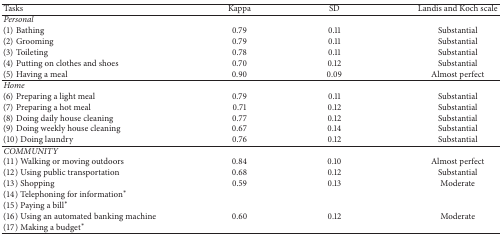
| Tasks | Kappa | SD | Landis and Koch scale |
 | --- | --- | --- | --- |
 | Personal | <COLSPAN=3>  |
 | (1) Bathing | 0.79 | 0.11 | Substantial |
 | (2) Grooming | 0.79 | 0.11 | Substantial |
 | (3) Toileting | 0.78 | 0.11 | Substantial |
 | (4) Putting on clothes and shoes | 0.70 | 0.12 | Substantial |
 | (5) Having a meal | 0.90 | 0.09 | Almost perfect |
 | Home | <COLSPAN=3>  |
 | (6) Preparing a light meal | 0.79 | 0.11 | Substantial |
 | (7) Preparing a hot meal | 0.71 | 0.12 | Substantial |
 | (8) Doing daily house cleaning | 0.77 | 0.12 | Substantial |
 | (9) Doing weekly house cleaning | 0.67 | 0.14 | Substantial |
 | (10) Doing laundry | 0.76 | 0.12 | Substantial |
 | COMMUNITY | <COLSPAN=3>  |
 | (11) Walking or moving outdoors | 0.84 | 0.10 | Almost perfect |
 | (12) Using public transportation | 0.68 | 0.12 | Substantial |
 | (13) Shopping | 0.59 | 0.13 | Moderate |
 | (14) Telephoning for information∗ |  |  |  |
 | (15) Paying a bill∗ |  |  |  |
 | (16) Using an automated banking machine | 0.60 | 0.12 | Moderate |
 | (17) Making a budget∗ |  |  |  |